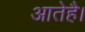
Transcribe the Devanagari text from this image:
आतेहै।